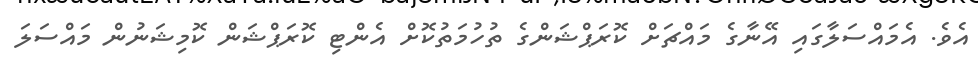
އެވެ. އެމައްސަލާގައި އޭނާގެ މައްޗަށް ކޮރަޕްޝަންގެ ތުހުމަތުކޮށް އެންޓި ކޮރަޕްޝަން ކޮމިޝަނުން މައްސަލަ